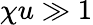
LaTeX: \chi u\gg 1